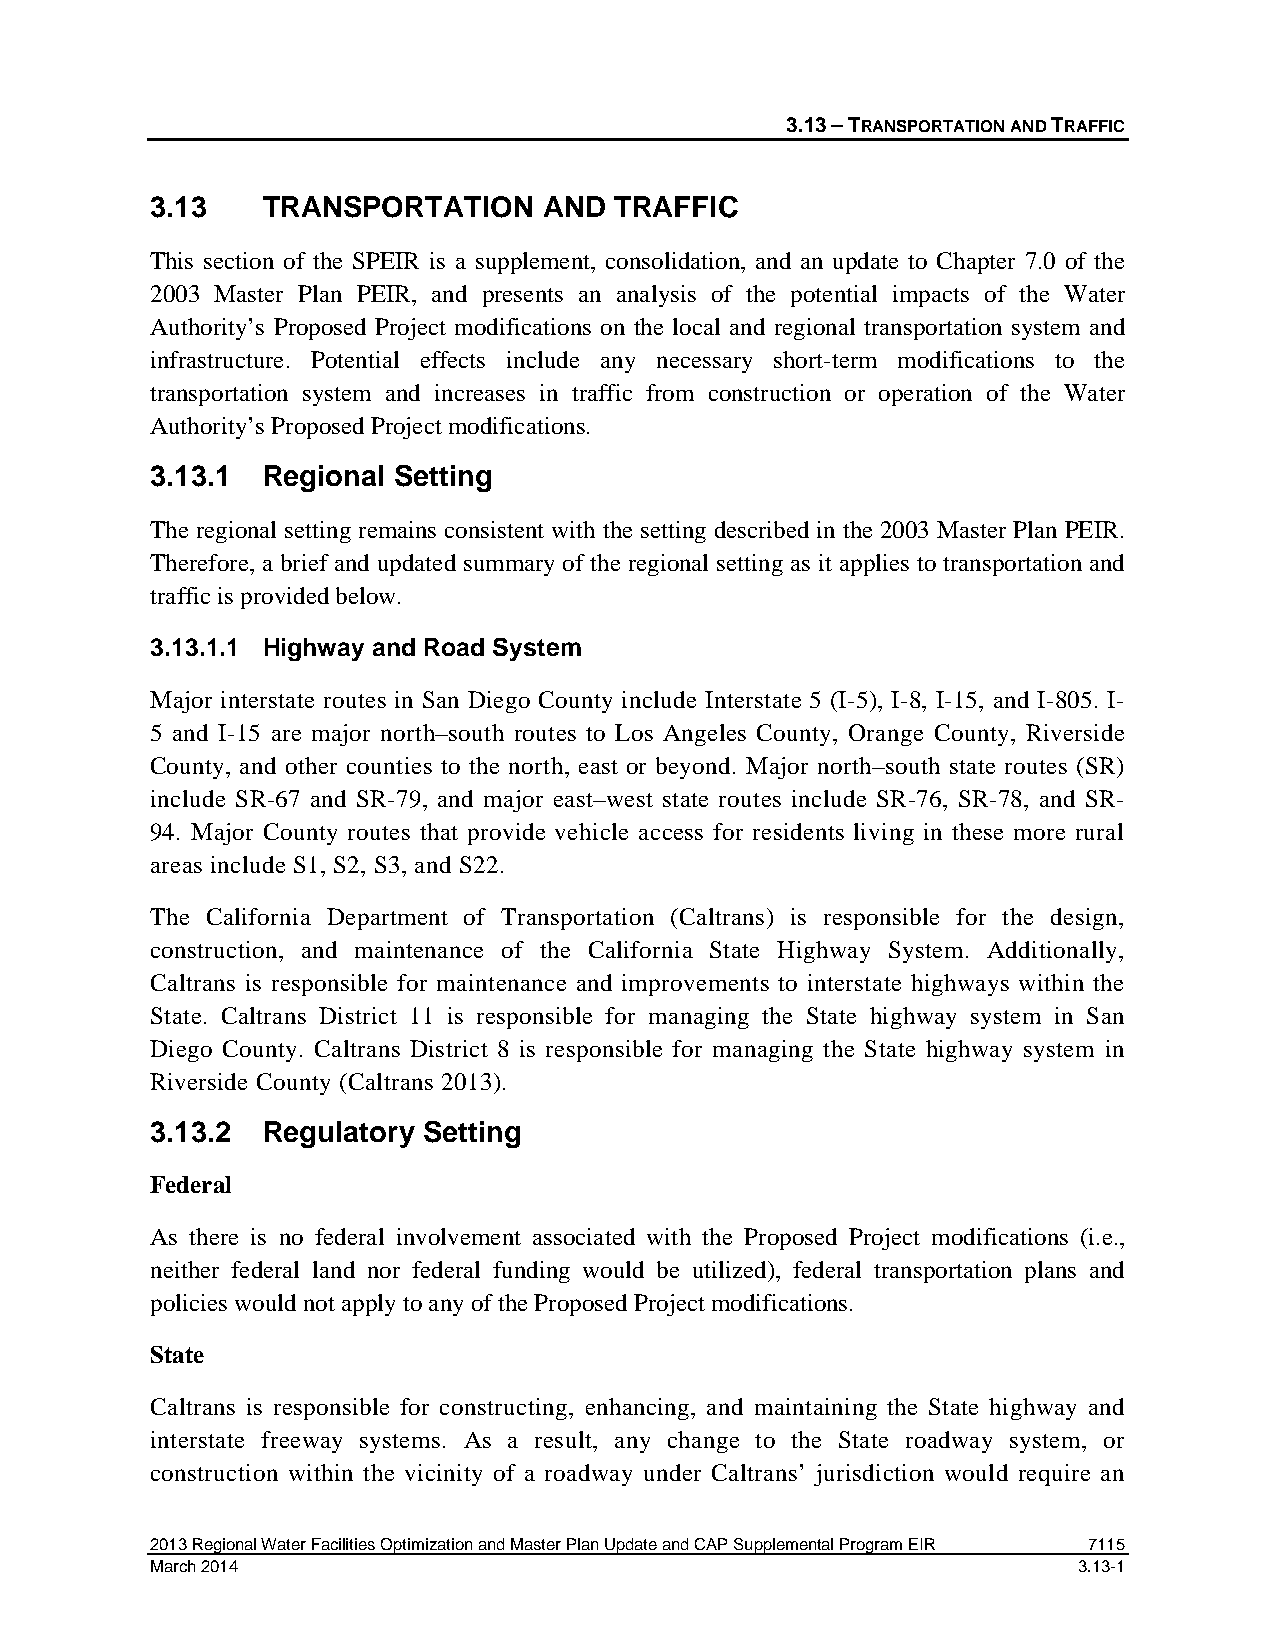
3.13 – TRANSPORTATION AND TRAFFIC
 3.13   TRANSPORTATION     AND  TRAFFIC
 This section of the SPEIR is a supplement, consolidation, and an update to Chapter 7.0 of the
 2003 Master Plan PEIR, and presents an analysis of the potential impacts of the Water
 Authority’s Proposed Project modifications on the local and regional transportation system and
 infrastructure. Potential effects include any necessary short-term modifications to the
 transportation system and increases in traffic from construction or operation of the Water
 Authority’s Proposed Project modifications.
 3.13.1 Regional Setting
 The regional setting remains consistent with the setting described in the 2003 Master Plan PEIR.
 Therefore, a brief and updated summary of the regional setting as it applies to transportation and
 traffic is provided below.
 3.13.1.1 Highway and Road System
 Major interstate routes in San Diego County include Interstate 5 (I-5), I-8, I-15, and I-805. I-
 5 and I-15 are major north–south routes to Los Angeles County, Orange County, Riverside
 County, and other counties to the north, east or beyond. Major north–south state routes (SR)
 include SR-67 and SR-79, and major east–west state routes include SR-76, SR-78, and SR-
 94. Major County routes that provide vehicle access for residents living in these more rural
 areas include S1, S2, S3, and S22.
 The California Department of Transportation (Caltrans) is responsible for the design,
 construction, and maintenance of the California State Highway System. Additionally,
 Caltrans is responsible for maintenance and improvements to interstate highways within the
 State. Caltrans District 11 is responsible for managing the State highway system in San
 Diego County. Caltrans District 8 is responsible for managing the State highway system in
 Riverside County (Caltrans 2013).
 3.13.2 Regulatory Setting
 Federal
 As there is no federal involvement associated with the Proposed Project modifications (i.e.,
 neither federal land nor federal funding would be utilized), federal transportation plans and
 policies would not apply to any of the Proposed Project modifications.
 State
 Caltrans is responsible for constructing, enhancing, and maintaining the State highway and
 interstate freeway systems. As a result, any change to the State roadway system, or
 construction within the vicinity of a roadway under Caltrans’ jurisdiction would require an
 2013 Regional Water Facilities Optimization and Master Plan Update and CAP Supplemental Program EIR 7115
 March 2014                                                   3.13-1